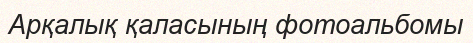
Арқалық қаласының фотоальбомы